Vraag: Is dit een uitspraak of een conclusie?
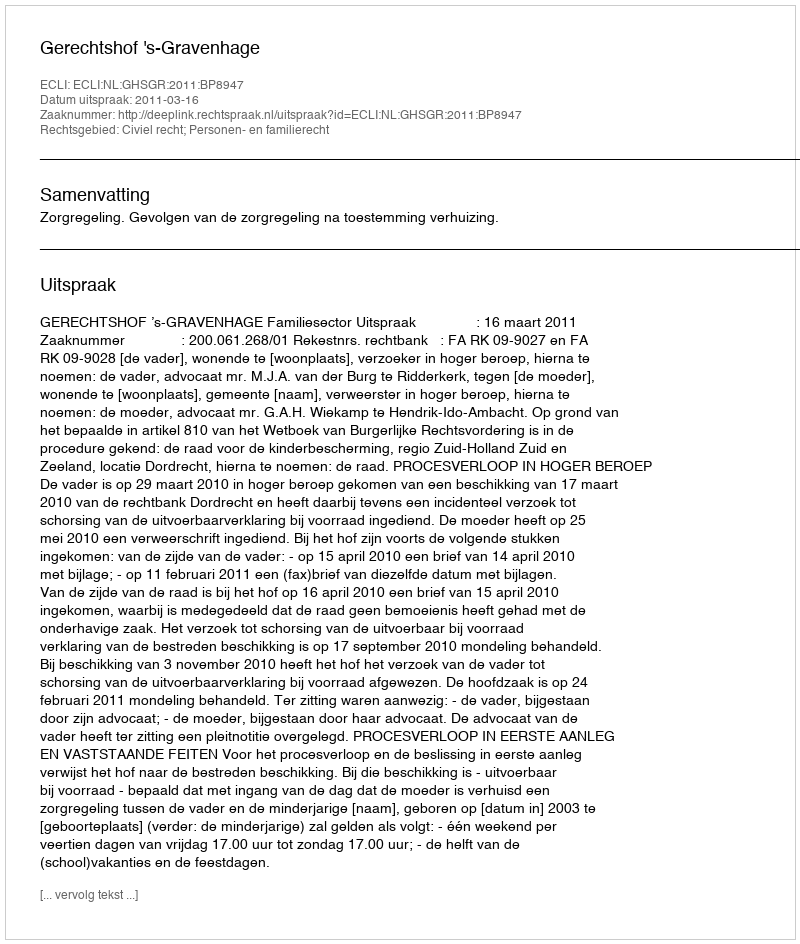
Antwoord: Uitspraak